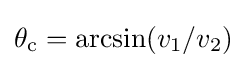
\theta _{\text{c}}=\arcsin(v_{1}/v_{2})